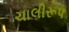
ચાલીરૂપ